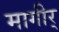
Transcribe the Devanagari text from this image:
मागीर्